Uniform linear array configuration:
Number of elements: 16
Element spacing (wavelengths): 1
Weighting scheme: binomial
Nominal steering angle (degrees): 45
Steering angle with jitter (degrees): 44.814
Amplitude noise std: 0.05
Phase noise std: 0.05

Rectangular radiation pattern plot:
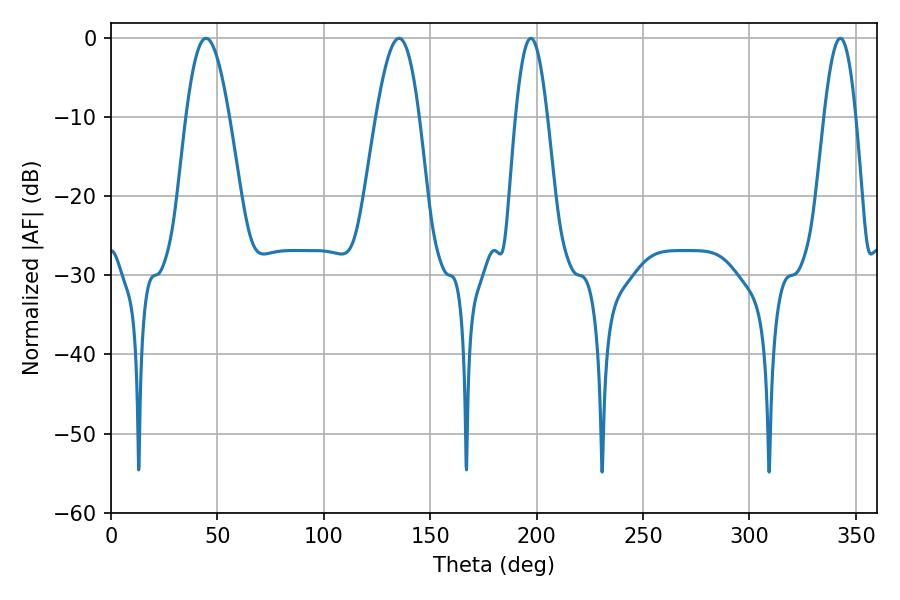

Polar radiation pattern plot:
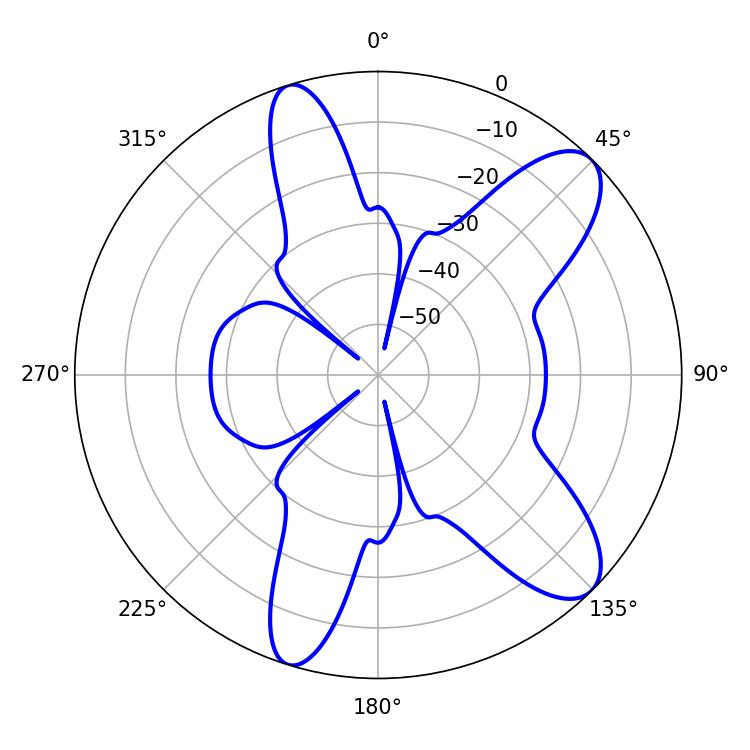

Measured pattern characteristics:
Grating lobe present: TRUE
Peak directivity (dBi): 9.942
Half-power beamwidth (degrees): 8.1
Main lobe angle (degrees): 197.28